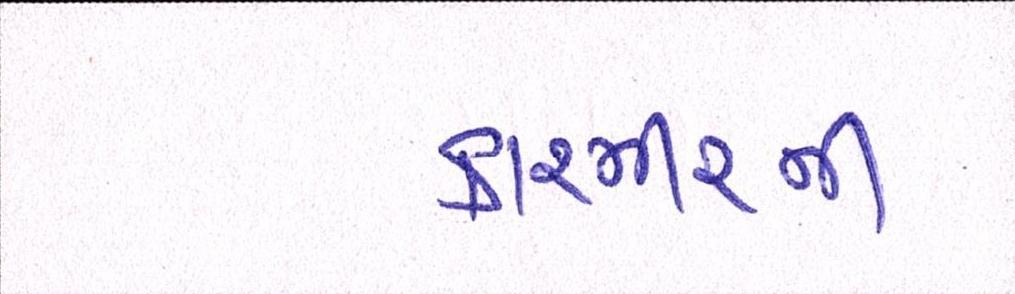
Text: કાશ્મીરની